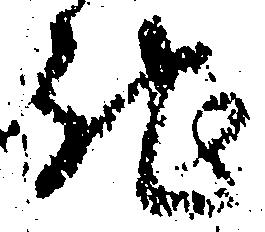
馳